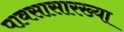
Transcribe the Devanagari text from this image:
पावसासारख्या